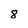
Character: 8